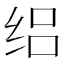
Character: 𬘤